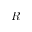
R _ { + }